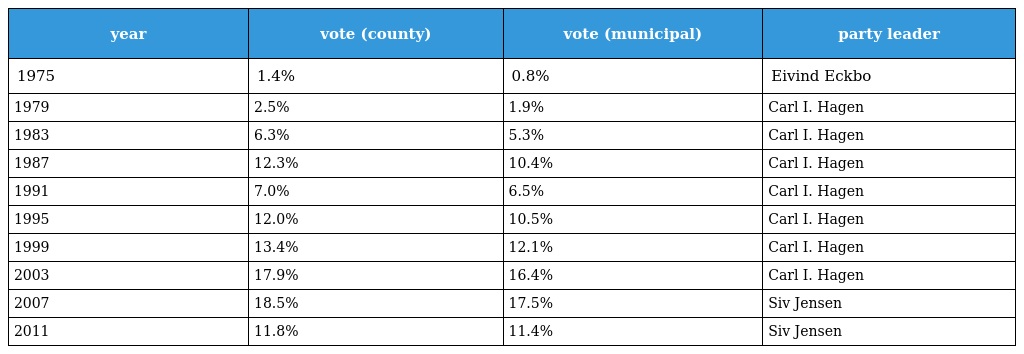
| year | vote (county) | vote (municipal) | party leader |
 | --- | --- | --- | --- |
 | 1975 | 1.4% | 0.8% | Eivind Eckbo |
 | 1979 | 2.5% | 1.9% | Carl I. Hagen |
 | 1983 | 6.3% | 5.3% | Carl I. Hagen |
 | 1987 | 12.3% | 10.4% | Carl I. Hagen |
 | 1991 | 7.0% | 6.5% | Carl I. Hagen |
 | 1995 | 12.0% | 10.5% | Carl I. Hagen |
 | 1999 | 13.4% | 12.1% | Carl I. Hagen |
 | 2003 | 17.9% | 16.4% | Carl I. Hagen |
 | 2007 | 18.5% | 17.5% | Siv Jensen |
 | 2011 | 11.8% | 11.4% | Siv Jensen |